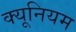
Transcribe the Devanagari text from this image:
क्यूनियम